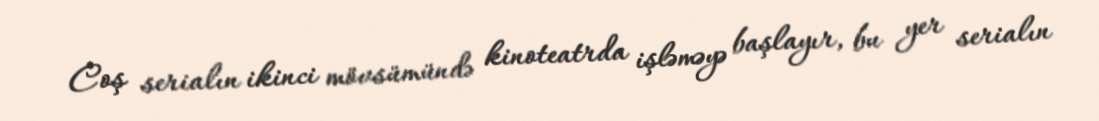
Coş serialın ikinci mövsümündə kinoteatrda işləməyə başlayır, bu yer serialın